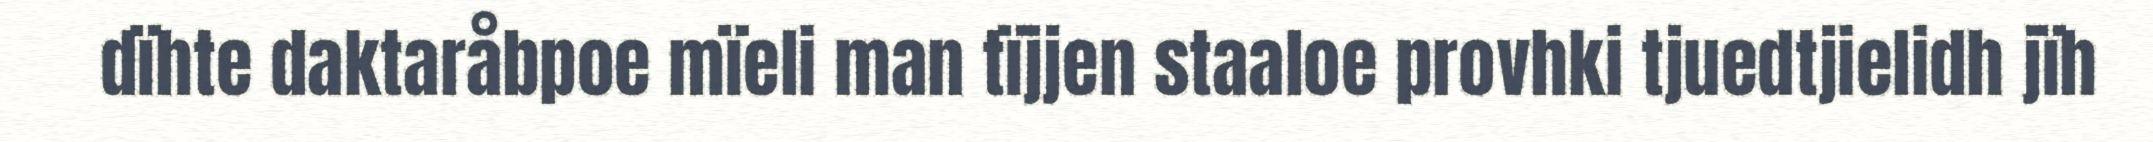
dïhte daktaråbpoe mïeli man tïjjen staaloe provhki tjuedtjielidh jïh